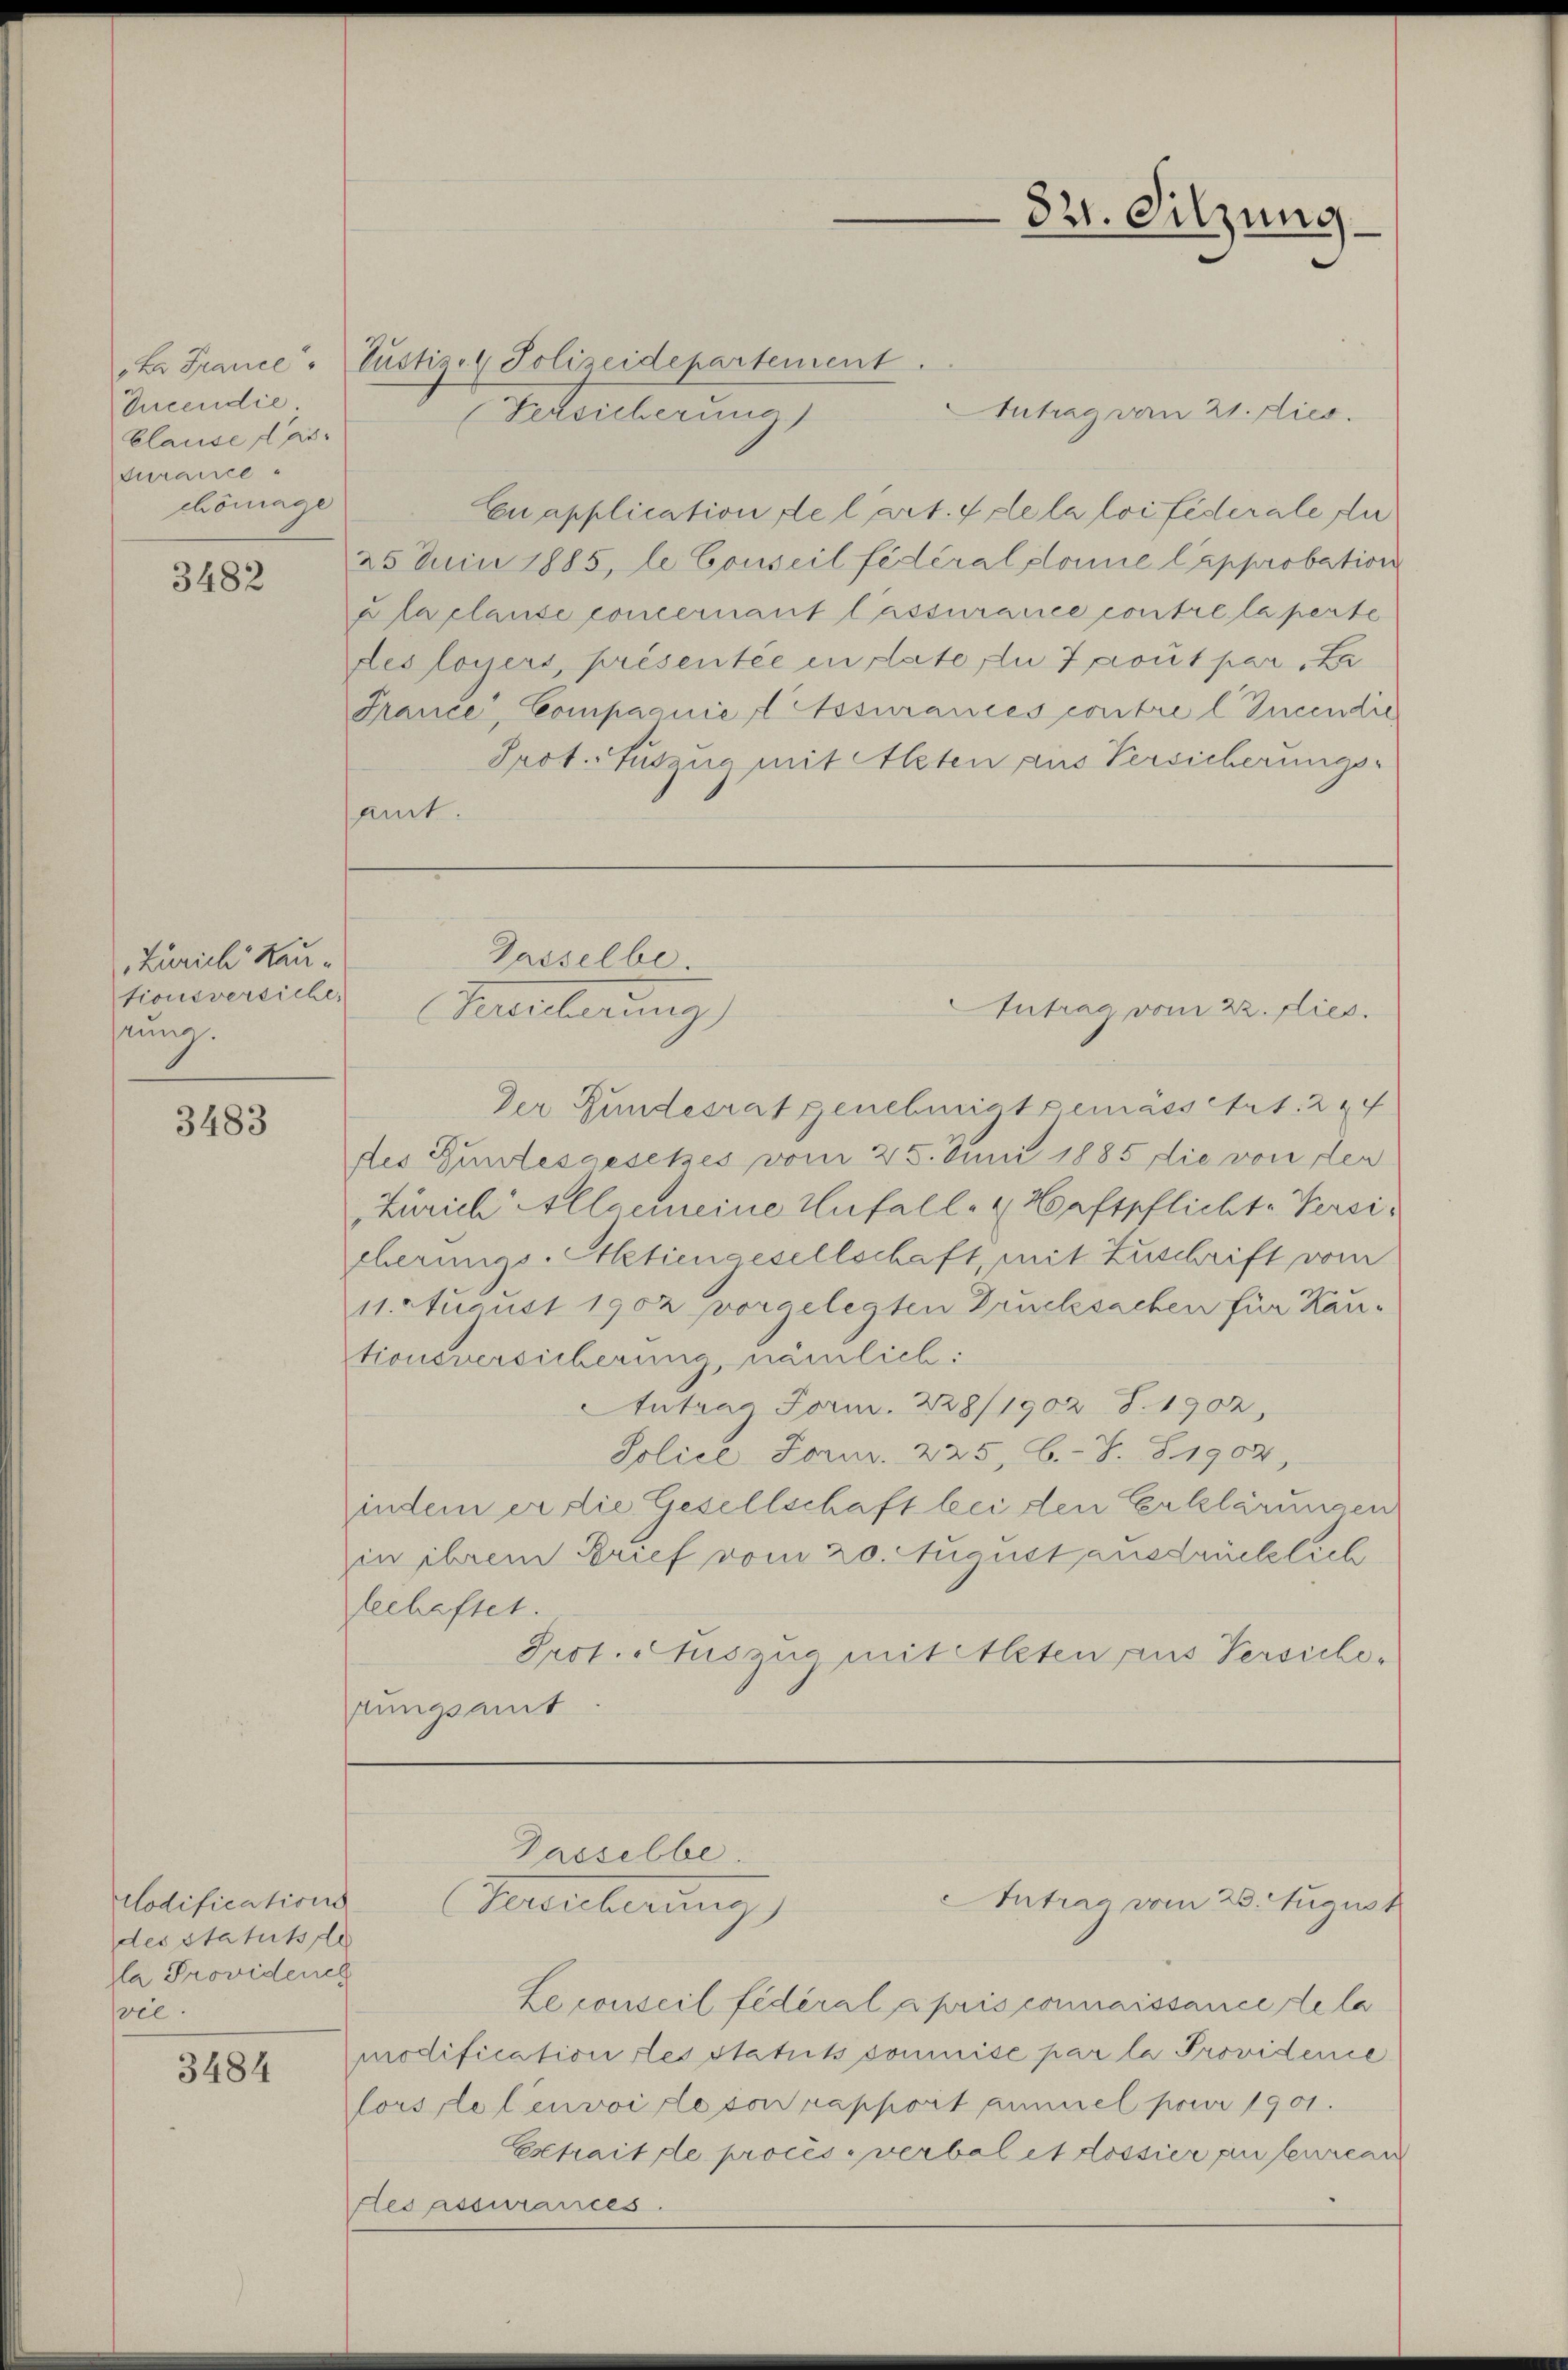
Iucendie
Clause das
curance
chönrage

3482

Zürich Hau
tionsversiche,
sung.

3483

Codifications
des Statutsele
la Providench
vie.

3484

amt.

Gasselbe.
Meilerung

B. France, Justiz- & Polizeidepartement
Antrag von 21. dies
Versicherung)
Eu application de l’art. 4 de la loi fédérale di
25 Juin 1885, le Conseil fédéral domie Capprobation
xlaplanse concernant lassurance contre la perte
des loyers, présentée en date zu 7 prout par La
France, Compagnie Assurances contre l Zucendie
Prot. Auszug mit Alten aus Versicherungs-
Der Bundesrat genehmigt gemässetzt. 244
des Gundesgesetzes vom 25. Juni 1885 die von der
Zürich Allgemeine Unfall- & Haftpflichte Versicherungs-Aktiengesellschaft mit Zuschrift vom
11. August 1902 vorgelegten Drucksachen für Kau-
tionsversicherung, nämlich:
Antrag Form. 228/1902 S. 1902,
Police Sorar. 225, 6.-V. § 1902
indem er die Gesellschaft bei den Erklärungen
in ihrem Brief vom 20. August ausdrücklich
leehaftet.
Prot. Auszug mit Alten aus Versichefungsamt

Passelbe.
Hereicherung)

Leconseil fideral apris connaissance de la
modification des Statuts soumise par la Providence
Corslelenvoi de von rapport ammel pour 1901.
Extrait de procès-verbal et lossier auferren
es assurances.

321. Sitzung

Antrag vom 22. Dies

Antrag vom 28. August